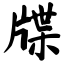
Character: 牒